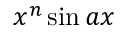
x ^ { n } \sin { a x }